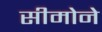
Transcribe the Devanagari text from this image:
सीमोने